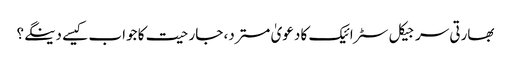
بھارتی سرجیکل سٹرائیک کا دعویٰ مسترد، جارحیت کا جواب کیسے دینگے؟